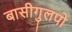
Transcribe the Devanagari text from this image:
बासीगुलपो